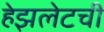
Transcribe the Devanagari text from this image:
हेझलेटची